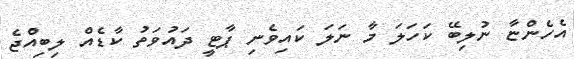
އެހެންޏާ ނުލިބޭ ކަހަލަ މާ ނަލަ ކައިވެނި ޕާޓީ ދައުވަތު ކާޑެއް ލިބިއްޖެ